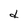
Character: d